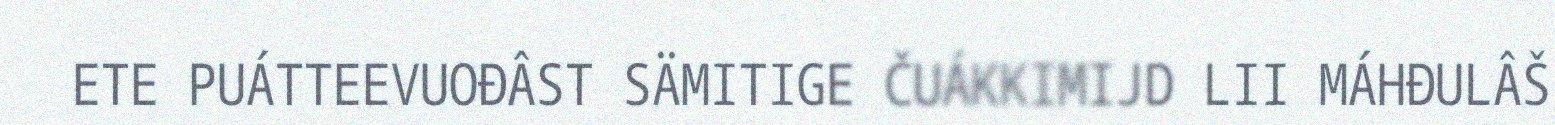
ETE PUÁTTEEVUOĐÂST SÄMITIGE ČUÁKKIMIJD LII MÁHĐULÂŠ